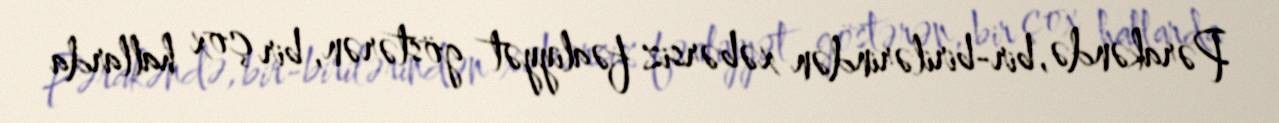
Pərakəndə, bir-birilərindən xəbərsiz fəaliyyət göstərən, bir çox hallarda